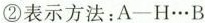
②表示方法：A\longrightarrow H…B